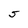
Character: 5